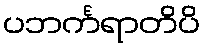
ပဘင်္ကရာတိပိ